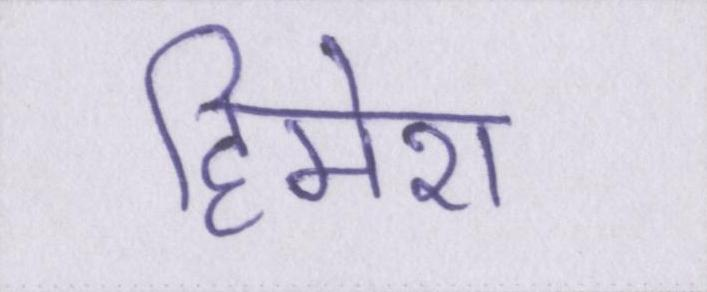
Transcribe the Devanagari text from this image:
हिमेश